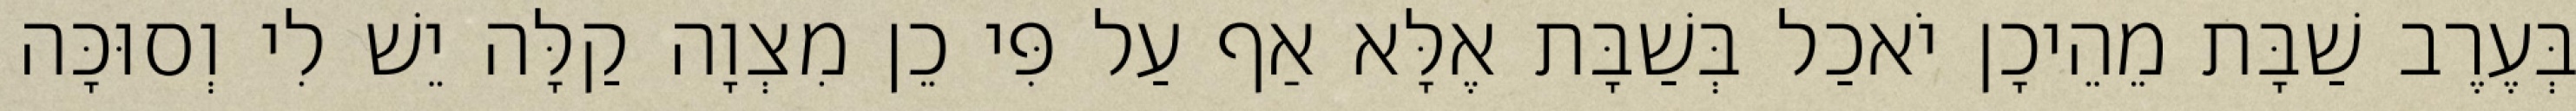
בְּעֶרֶב שַׁבָּת מֵהֵיכָן יֹאכַל בְּשַׁבָּת אֶלָּא אַף עַל פִּי כֵן מִצְוָה קַלָּה יֵשׁ לִי וְסוּכָּה